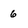
Character: 6